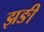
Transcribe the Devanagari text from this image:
झङी